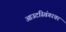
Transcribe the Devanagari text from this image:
आउटस्विंगरवर